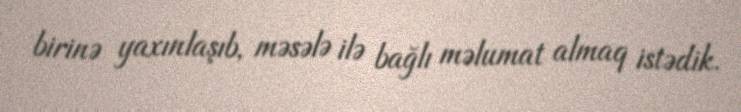
birinə yaxınlaşıb, məsələ ilə bağlı məlumat almaq istədik.